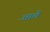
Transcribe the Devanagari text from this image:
आते